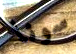
سونا